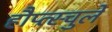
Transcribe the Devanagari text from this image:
हौप्त्स्चुले